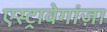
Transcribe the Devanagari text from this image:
एस्ट्रावेगांज़ा